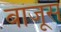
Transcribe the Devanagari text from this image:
बांजूंस